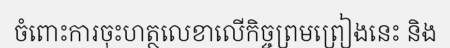
ចំពោះការចុះហត្ថលេខាលើកិច្ចព្រមព្រៀងនេះ និង